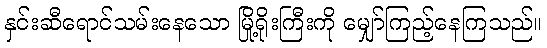
နှင်းဆီရောင်သမ်းနေသော မြို့ရိုးကြီးကို မျှော်ကြည့်နေကြသည်။